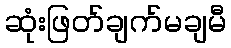
ဆုံးဖြတ်ချက်မချမီ